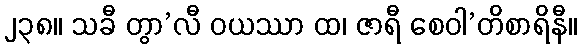
၂၃၈။ သခီ တွာ’လီ ဝယဿာ ထ၊ ဇာရီ စေဝါ’တိစာရိနီ။